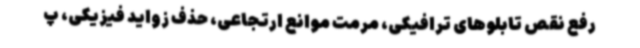
رفع نقص تابلوهای ترافیکی، مرمت موانع ارتجاعی، حذف زواید فیزیکی، پ